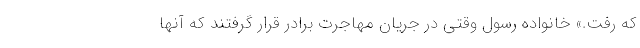
که رفت.» خانواده رسول وقتی در جریان مهاجرت برادر قرار گرفتند که آنها